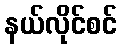
နယ်လိုင်စင်